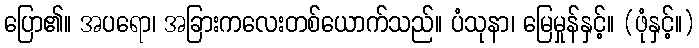
ပြော၏။ အပရော၊ အခြားကလေးတစ်ယောက်သည်။ ပံသုနာ၊ မြေမှုန်နှင့်။ (ဖုံနှင့်။)